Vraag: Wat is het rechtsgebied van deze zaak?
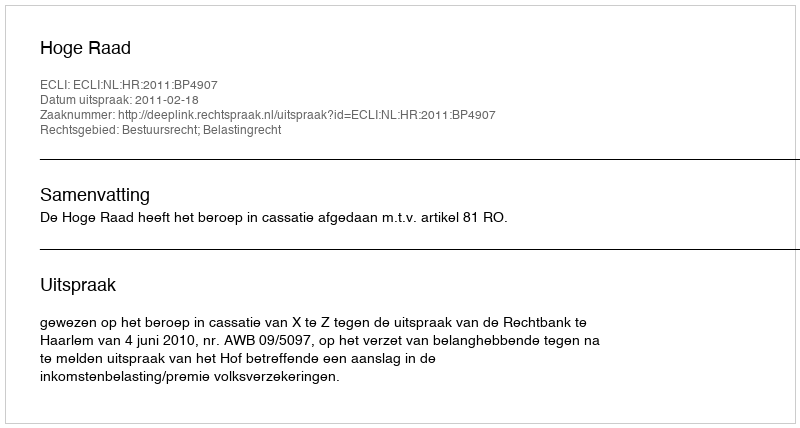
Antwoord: Bestuursrecht; Belastingrecht